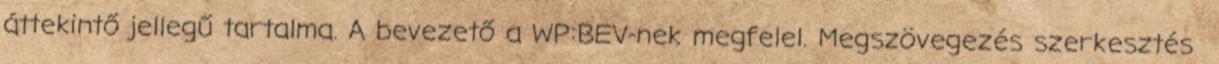
áttekintő jellegű tartalma. A bevezető a WP:BEV-nek megfelel. Megszövegezés szerkesztés